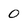
Character: 0